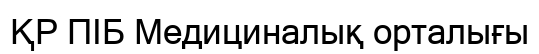
ҚР ПІБ Медициналық орталығы